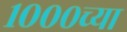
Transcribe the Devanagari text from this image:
१०००च्या